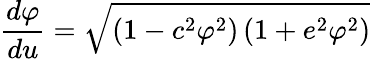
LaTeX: {\frac{d\varphi}{du}}={\sqrt{\left(1-c^{2}\varphi^{2}\right)\left(1+e^{2}\varphi^{2}\right)}}